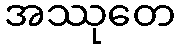
အဿုတေ